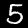
Digit: 5